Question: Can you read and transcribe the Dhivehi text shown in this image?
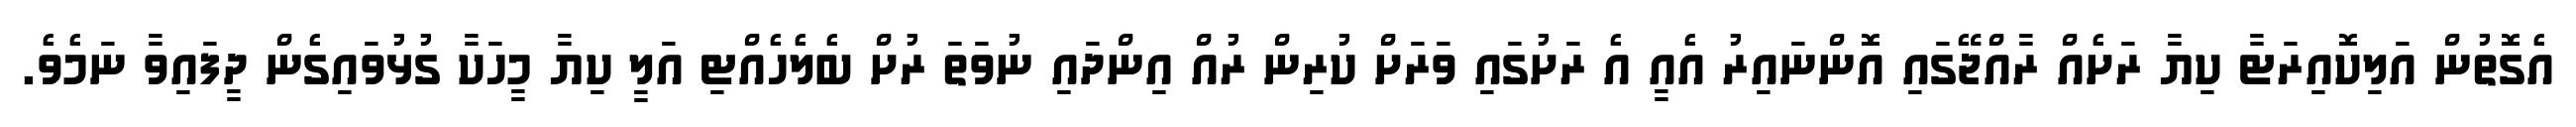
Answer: އެގޮތުން އަލިކޮއިރަޓާ ކިޔާ ރަށެއް ރާއްޖޭގައި އޮންނައިރު އެއީ އެ ރަށުގައި ވަރަށް ކުރިން ރުއް އިންދައި ނުވަތަ ރުށް ބެލެހެއްޓި އަލީ ކިޔާ މީހަކާ ގުޅުވައިގެން ދީފައިވާ ނަމެވެ.